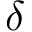
\delta